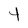
Character: t